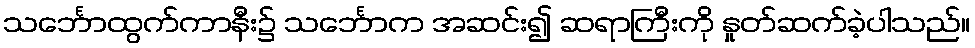
သင်္ဘောထွက်ကာနီး၌ သင်္ဘောက အဆင်း၍ ဆရာကြီးကို နှုတ်ဆက်ခဲ့ပါသည်။